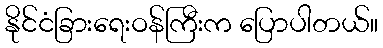
နိုင်ငံခြားရေးဝန်ကြီးက ပြောပါတယ်။